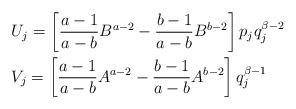
LaTeX: \begin{align*}&U_{j}=\left[\frac{a-1}{a-b}B^{a-2}-\frac{b-1}{a-b}B^{b-2}\right]p_{j}q^{\beta-2}_{j}\\&V_{j}=\left[\frac{a-1}{a-b}A^{a-2}-\frac{b-1}{a-b}A^{b-2}\right]q^{\beta-1}_{j}\end{align*}